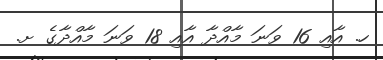
ހ. އާއި 16 ވަނަ މާއްދާ އާއި 18 ވަނަ މާއްދާގެ ށ.